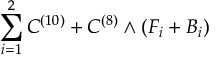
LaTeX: | q ^ { 2 } | \equiv \left| { \cal Q } ^ { 2 } - M _ { \ell \bar { \ell } } ^ { 2 } + \Delta ^ { 2 } / 2 \right| / 2 \gg 1 \, \mathrm { G e V } ^ { 2 } \, .